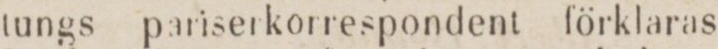
tungs pariserkorrespondent förklaras